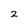
Character: 2